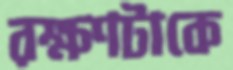
রক্ষণটাকে